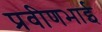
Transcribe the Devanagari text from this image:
प्रवीणभाई